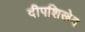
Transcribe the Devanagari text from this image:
दीपशिखेव